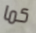
كما